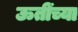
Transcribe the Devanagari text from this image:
ऊतींच्या